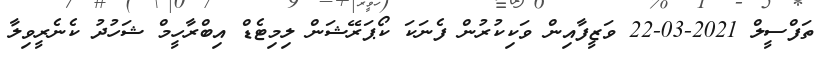
ތަފްސީލް 2021-03-22 ވަޒީފާއިން ވަކިކުރުން ފެނަކަ ކޯޕަރޭޝަން ލިމިޓެޑް އިބްރާހީމް ޝަހުދު ކެނެރީވިލާ